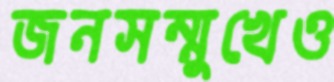
জনসম্মুখেও